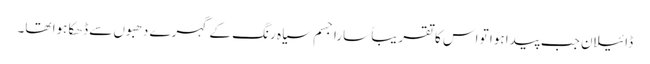
ڈائیلان جب پیدا ہوا تو اس کا تقریباً سارا جسم سیاہ رنگ کے گہرے دھبوں سے ڈھکا ہوا تھا۔